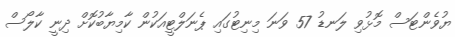
ޔުވެންޓަސް މޮޅުވި ލަނޑު 57 ވަނަ މިނިޓުގައި ޕެނަލްޓީއަކުން ކާމިޔާބުކޮށް ދިނީ ކާލޯސް